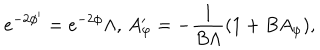
LaTeX: e ^ { - 2 \phi ^ { \prime } } = e ^ { - 2 \phi } \Lambda , \, A _ { \varphi } ^ { \prime } = - \frac { 1 } { B \Lambda } ( 1 + B A _ { \varphi } ) ,